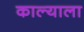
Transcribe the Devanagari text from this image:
काल्याला